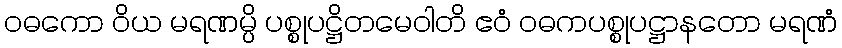
ဝဓကော ဝိယ မရဏမ္ပိ ပစ္စုပဋ္ဌိတမေဝါတိ ဧဝံ ဝဓကပစ္စုပဋ္ဌာနတော မရဏံ